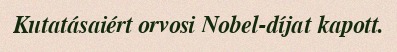
Kutatásaiért orvosi Nobel-díjat kapott.